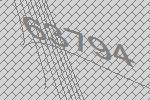
63794